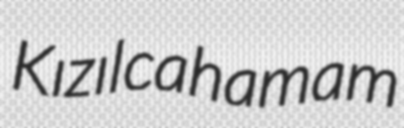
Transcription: Kızılcahamam